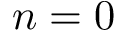
n = 0